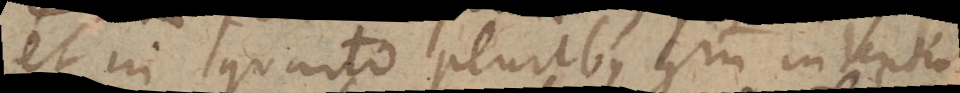
et in quarto pluribus quam in tertio